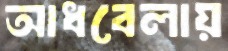
আধবেলায়